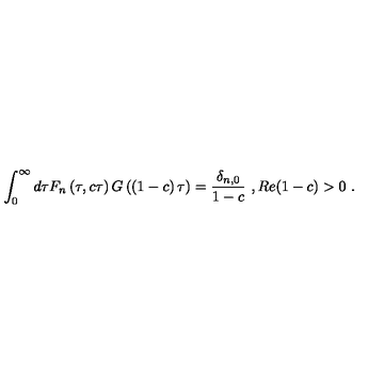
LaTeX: \int _ { 0 } ^ { \infty } d \tau F _ { n } \left( \tau , c \tau \right) G \left( \left( 1 - c \right) \tau \right) = { \frac { \delta _ { n , 0 } } { 1 - c } } \ , R e ( 1 - c ) > 0 \ .